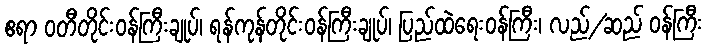
ဧရာ ဝတီတိုင်းဝန်ကြီးချုပ်၊ ရန်ကုန်တိုင်းဝန်ကြီးချုပ်၊ ပြည်ထဲရေးဝန်ကြီး၊ လည်/ဆည် ဝန်ကြီး